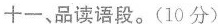
十一、品读语段。(10分)